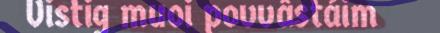
Vistig muoi povvâstáim